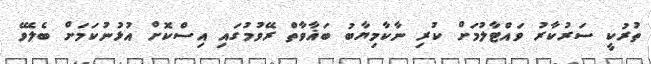
ތުރުކީ ސަރުކާރު ވައްޓާލުމަށް ކުރި ނާކާމިޔާބު ބަޣާވާތް ރޭވުމުގައި އިސްކޮށް އުޅުނުކަމަށް ބެލެވޭ